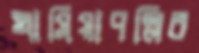
খাসিয়াপল্লির